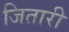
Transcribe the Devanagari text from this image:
जितारी